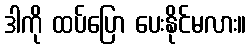
ဒါကို ထပ်ပြော ပေးနိုင်မလား။